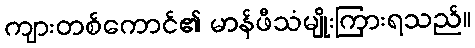
ကျားတစ်ကောင်၏ မာန်ဖီသံမျိုးကြားရသည်။